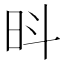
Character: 𪰍